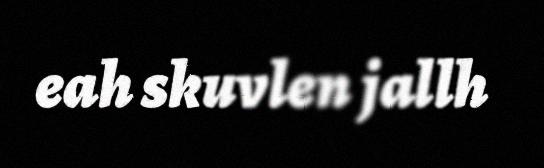
eah skuvlen jallh